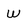
Character: w